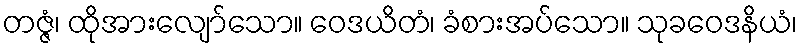
တဇ္ဇံ၊ ထိုအားလျော်သော။ ဝေဒယိတံ၊ ခံစားအပ်သော။ သုခဝေဒနိယံ၊